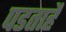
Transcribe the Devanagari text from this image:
पडताहै